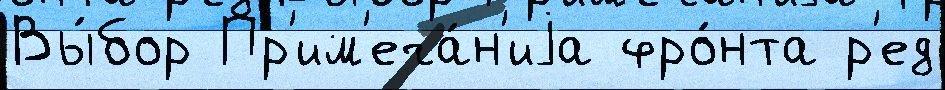
Вы́бор Пр'им'еча́н'иjа фро́нта р'ед